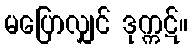
မပြောလျှင် ဒုက္ကဋ်။